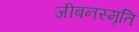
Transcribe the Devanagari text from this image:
जीबनस्मृति